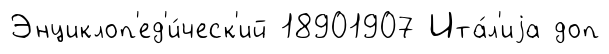
Энциклоп'ед'и́ческ'ий 18901907 Ита́л'иjа доп